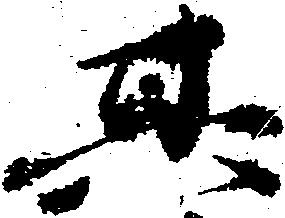
其